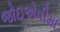
જોઇએવીમા